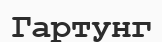
Гартунг